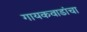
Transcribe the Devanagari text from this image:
गायकवाडांचा